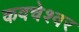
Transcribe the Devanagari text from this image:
कवचेश्वर